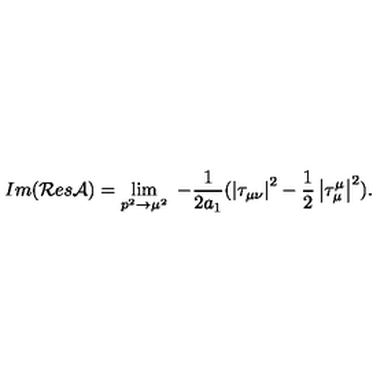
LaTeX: I m ( { \cal R } e s { \cal A } ) = \lim _ { p ^ { 2 } \rightarrow \mu ^ { 2 } } { \ - \frac 1 { 2 a _ { 1 } } ( \left| \tau _ { \mu \nu } \right| ^ { 2 } - \frac 1 2 \left| \tau _ { \mu } ^ { \mu } \right| ^ { 2 } ) . }